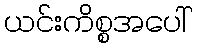
ယင်းကိစ္စအပေါ်